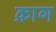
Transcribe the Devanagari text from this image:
क्राग